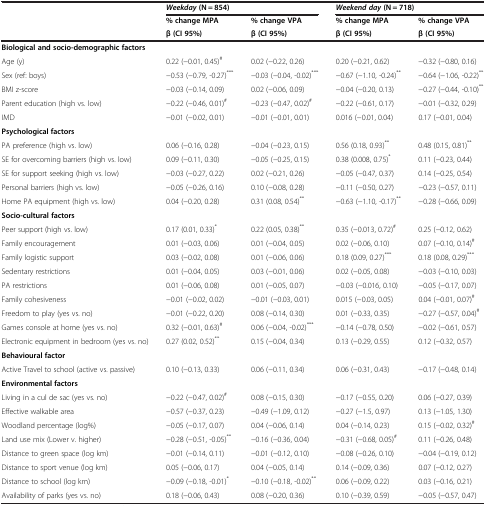
<table><thead><tr><td><b> </b></td><td colspan="2"><b><i>Weekday </i>(N = 854)</b></td><td colspan="2"><b><i>Weekend day </i>(N = 718)</b></td></tr><tr><td><b> </b></td><td><b>% change MPA</b></td><td><b>% change VPA</b></td><td><b>% change MPA</b></td><td><b>% change VPA</b></td></tr><tr><td><b> </b></td><td><b>β (CI 95%)</b></td><td><b>β (CI 95%)</b></td><td><b>β (CI 95%)</b></td><td><b>β (CI 95%)</b></td></tr></thead><tbody><tr><td colspan="5"><b>Biological and socio-demographic factors</b></td></tr><tr><td>Age (y)</td><td>0.22 (−0.01, 0.45)<sup>#</sup></td><td>0.02 (−0.22, 0.26)</td><td>0.20 (−0.21, 0.62)</td><td>−0.32 (−0.80, 0.16)</td></tr><tr><td>Sex (ref: boys)</td><td>−0.53 (−0.79, -0.27)<sup>***</sup></td><td>−0.03 (−0.04, -0.02)<sup>***</sup></td><td>−0.67 (−1.10, -0.24)<sup>**</sup></td><td>−0.64 (−1.06, -0.22)<sup>**</sup></td></tr><tr><td>BMI z-score</td><td>−0.03 (−0.14, 0.09)</td><td>0.02 (−0.06, 0.09)</td><td>−0.04 (−0.20, 0.13)</td><td>−0.27 (−0.44, -0.10)<sup>**</sup></td></tr><tr><td>Parent education (high vs. low)</td><td>−0.22 (−0.46, 0.01)<sup>#</sup></td><td>−0.23 (−0.47, 0.02)<sup>#</sup></td><td>−0.22 (−0.61, 0.17)</td><td>−0.01 (−0.32, 0.29)</td></tr><tr><td>IMD</td><td>−0.01 (−0.02, 0.01)</td><td>−0.01 (−0.01, 0.01)</td><td>0.016 (−0.01, 0.04)</td><td>0.17 (−0.01, 0.04)</td></tr><tr><td colspan="5"><b>Psychological factors</b></td></tr><tr><td>PA preference (high vs. low)</td><td>0.06 (−0.16, 0.28)</td><td>−0.04 (−0.23, 0.15)</td><td>0.56 (0.18, 0.93)<sup>**</sup></td><td>0.48 (0.15, 0.81)<sup>**</sup></td></tr><tr><td>SE for overcoming barriers (high vs. low)</td><td>0.09 (−0.11, 0.30)</td><td>−0.05 (−0.25, 0.15)</td><td>0.38 (0.008, 0.75)<sup>*</sup></td><td>0.11 (−0.23, 0.44)</td></tr><tr><td>SE for support seeking (high vs. low)</td><td>−0.03 (−0.27, 0.22)</td><td>0.02 (−0.21, 0.26)</td><td>−0.05 (−0.47, 0.37)</td><td>0.14 (−0.25, 0.54)</td></tr><tr><td>Personal barriers (high vs. low)</td><td>−0.05 (−0.26, 0.16)</td><td>0.10 (−0.08, 0.28)</td><td>−0.11 (−0.50, 0.27)</td><td>−0.23 (−0.57, 0.11)</td></tr><tr><td>Home PA equipment (high vs. low)</td><td>0.04 (−0.20, 0.28)</td><td>0.31 (0.08, 0.54)<sup>**</sup></td><td>−0.63 (−1.10, -0.17)<sup>**</sup></td><td>−0.28 (−0.66, 0.09)</td></tr><tr><td colspan="5"><b>Socio-cultural factors</b></td></tr><tr><td>Peer support (high vs. low)</td><td>0.17 (0.01, 0.33)<sup>*</sup></td><td>0.22 (0.05, 0.38)<sup>**</sup></td><td>0.35 (−0.013, 0.72)<sup>#</sup></td><td>0.25 (−0.12, 0.62)</td></tr><tr><td>Family encouragement</td><td>0.01 (−0.03, 0.06)</td><td>0.01 (−0.04, 0.05)</td><td>0.02 (−0.06, 0.10)</td><td>0.07 (−0.10, 0.14)<sup>#</sup></td></tr><tr><td>Family logistic support</td><td>0.03 (−0.02, 0.08)</td><td>0.01 (−0.06, 0.06)</td><td>0.18 (0.09, 0.27)<sup>***</sup></td><td>0.18 (0.08, 0.29)<sup>***</sup></td></tr><tr><td>Sedentary restrictions</td><td>0.01 (−0.04, 0.05)</td><td>0.03 (−0.01, 0.06)</td><td>0.02 (−0.05, 0.08)</td><td>−0.03 (−0.10, 0.03)</td></tr><tr><td>PA restrictions</td><td>0.01 (−0.06, 0.08)</td><td>0.01 (−0.05, 0.07)</td><td>−0.03 (−0.016, 0.10)</td><td>−0.05 (−0.17, 0.07)</td></tr><tr><td>Family cohesiveness</td><td>−0.01 (−0.02, 0.02)</td><td>−0.01 (−0.03, 0.01)</td><td>0.015 (−0.03, 0.05)</td><td>0.04 (−0.01, 0.07)<sup>#</sup></td></tr><tr><td>Freedom to play (yes vs. no)</td><td>−0.01 (−0.22, 0.20)</td><td>0.08 (−0.14, 0.30)</td><td>0.01 (−0.33, 0.35)</td><td>−0.27 (−0.57, 0.04)<sup>#</sup></td></tr><tr><td>Games console at home (yes vs. no)</td><td>0.32 (−0.01, 0.63)<sup>#</sup></td><td>0.06 (−0.04, -0.02)<sup>***</sup></td><td>−0.14 (−0.78, 0.50)</td><td>−0.02 (−0.61, 0.57)</td></tr><tr><td>Electronic equipment in bedroom (yes vs. no)</td><td>0.27 (0.02, 0.52)<sup>**</sup></td><td>0.15 (−0.04, 0.34)</td><td>0.13 (−0.29, 0.55)</td><td>0.12 (−0.32, 0.57)</td></tr><tr><td colspan="5"><b>Behavioural factor</b></td></tr><tr><td>Active Travel to school (active vs. passive)</td><td>0.10 (−0.13, 0.33)</td><td>0.06 (−0.11, 0.34)</td><td>0.06 (−0.31, 0.43)</td><td>−0.17 (−0.48, 0.14)</td></tr><tr><td><b>Environmental factors</b></td><td> </td><td> </td><td> </td><td> </td></tr><tr><td>Living in a cul de sac (yes vs. no)</td><td>−0.22 (−0.47, 0.02)<sup>#</sup></td><td>0.08 (−0.15, 0.30)</td><td>−0.17 (−0.55, 0.20)</td><td>0.06 (−0.27, 0.39)</td></tr><tr><td>Effective walkable area</td><td>−0.57 (−0.37, 0.23)</td><td>−0.49 (−1.09, 0.12)</td><td>−0.27 (−1.5, 0.97)</td><td>0.13 (−1.05, 1.30)</td></tr><tr><td>Woodland percentage (log%)</td><td>−0.05 (−0.17, 0.07)</td><td>0.04 (−0.06, 0.14)</td><td>0.04 (−0.14, 0.23)</td><td>0.15 (−0.02, 0.32)<sup>#</sup></td></tr><tr><td>Land use mix (Lower v. higher)</td><td>−0.28 (−0.51, -0.05)<sup>**</sup></td><td>−0.16 (−0.36, 0.04)</td><td>−0.31 (−0.68, 0.05)<sup>#</sup></td><td>0.11 (−0.26, 0.48)</td></tr><tr><td>Distance to green space (log km)</td><td>−0.01 (−0.14, 0.11)</td><td>−0.01 (−0.12, 0.10)</td><td>−0.08 (−0.26, 0.10)</td><td>−0.04 (−0.19, 0.12)</td></tr><tr><td>Distance to sport venue (log km)</td><td>0.05 (−0.06, 0.17)</td><td>0.04 (−0.05, 0.14)</td><td>0.14 (−0.09, 0.36)</td><td>0.07 (−0.12, 0.27)</td></tr><tr><td>Distance to school (log km)</td><td>−0.09 (−0.18, -0.01)<sup>*</sup></td><td>−0.10 (−0.18, -0.02)<sup>**</sup></td><td>0.06 (−0.09, 0.22)</td><td>0.03 (−0.16, 0.21)</td></tr><tr><td>Availability of parks (yes vs. no)</td><td>0.18 (−0.06, 0.43)</td><td>0.08 (−0.20, 0.36)</td><td>0.10 (−0.39, 0.59)</td><td>−0.05 (−0.57, 0.47)</td></tr></tbody></table>